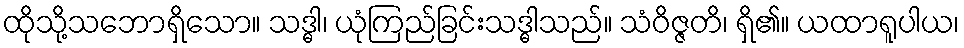
ထိုသို့သဘောရှိသော။ သဒ္ဓါ၊ ယုံကြည်ခြင်းသဒ္ဓါသည်။ သံဝိဇ္ဇတိ၊ ရှိ၏။ ယထာရူပါယ၊